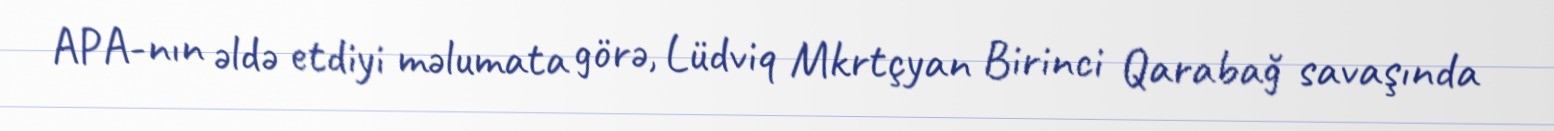
APA-nın əldə etdiyi məlumata görə, Lüdviq Mkrtçyan Birinci Qarabağ savaşında